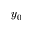
y _ { 0 }